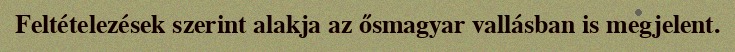
Feltételezések szerint alakja az ősmagyar vallásban is megjelent.